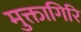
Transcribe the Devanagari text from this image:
मुक्तागिरि